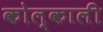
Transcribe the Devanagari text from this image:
कोल्काली